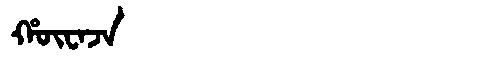
Manchu: ᡥᡡᠸᠠᠵᠠ
Romanization: HŪWAJA